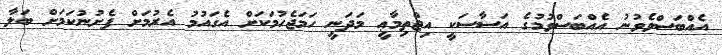
އެއްބަސްވެވުނު އެއްބަސްވުމުގެ އަސާސަކީ އިޖްތިމާޢީ މަދަނީ ހަމަޖެހުމަކަށް އެގައުމު އެރުމަށް ފެށުނުކަމަށް ބަލާ